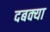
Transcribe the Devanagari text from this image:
दबक्या